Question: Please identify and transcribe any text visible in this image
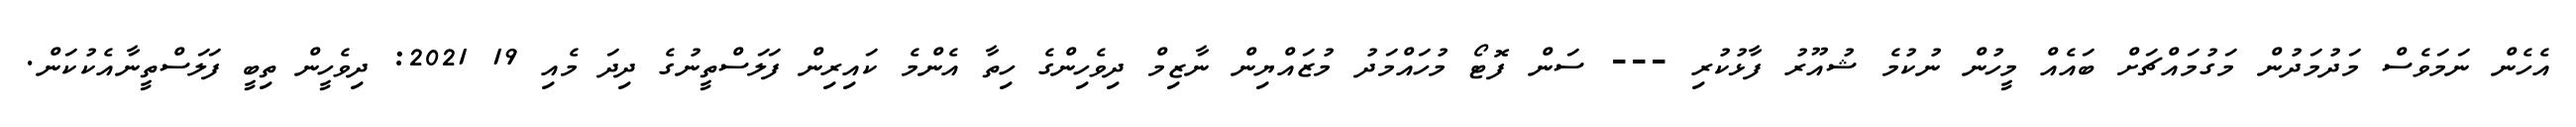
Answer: އެހެން ނަމަވެސް މަދުމަދުން މަގުމައްޗަށް ބައެއް މީހުން ނުކުމެ ޝުއޫރު ފާޅުކުރި --- ސަން ފޮޓޯ މުހައްމަދު މުޒައްޔިން ނާޒިމް ދިވެހިންގެ ހިތާ އެންމެ ކައިރިން ފަލަސްތީނުގެ ދިދަ މެއި 19 2021: ދިވެހީން ތިބީ ފަލަސްތީނާއެކުކަން.